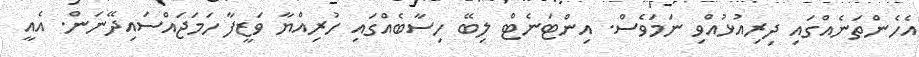
އެހެންތަނެއްގައި ދިރިއުޅުއްވި ނަމަވެސް. އިންޓަނެޓް ލިބޭ ހިސާބެއްގައި ހުރިއްޔާ ވަޒީފާ ހަމަޖައްސައިދޭނަން. އެއީ